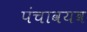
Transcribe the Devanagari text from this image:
पंचावयव